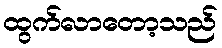
ထွက်လာတော့သည်